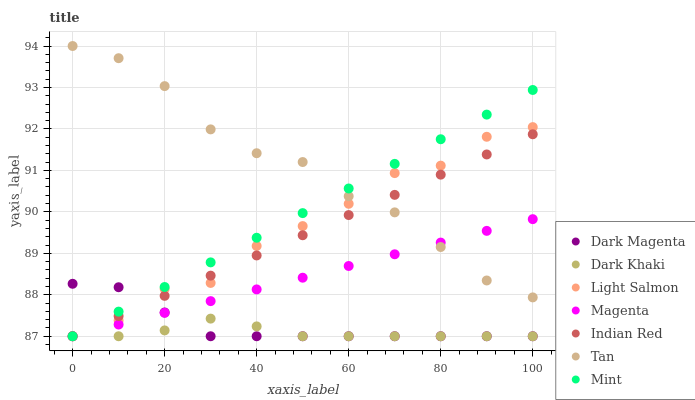
| xaxis_label | Dark Magenta | Dark Khaki | Light Salmon | Magenta | Indian Red | Tan | Mint |
 | --- | --- | --- | --- | --- | --- | --- | --- |
 | 0 | 88.3 | 87 | 87 | 87 | 87 | 94 | 87 |
 | 10 | 88.2 | 87 | 87.4 | 87.3 | 87.5 | 93.7 | 87.6 |
 | 20 | 87.6 | 87.1 | 88.1 | 87.6 | 88 | 93 | 88.2 |
 | 30 | 87 | 87.4 | 88.3 | 87.8 | 88.5 | 92 | 88.8 |
 | 40 | 87 | 87.2 | 89.2 | 88.1 | 88.9 | 91.4 | 89.4 |
 | 50 | 87 | 87 | 89.7 | 88.4 | 89.4 | 91.2 | 90 |
 | 60 | 87 | 87 | 90.2 | 88.7 | 89.9 | 90.4 | 90.6 |
 | 70 | 87 | 87 | 90.9 | 89 | 90.4 | 90 | 91.2 |
 | 80 | 87 | 87 | 91.1 | 89.3 | 90.9 | 89.2 | 91.8 |
 | 90 | 87 | 87 | 91.8 | 89.5 | 91.4 | 88.3 | 92.3 |
 | 100 | 87 | 87 | 92 | 89.8 | 91.9 | 87.9 | 92.9 |